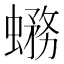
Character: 𧐙